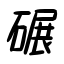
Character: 碾